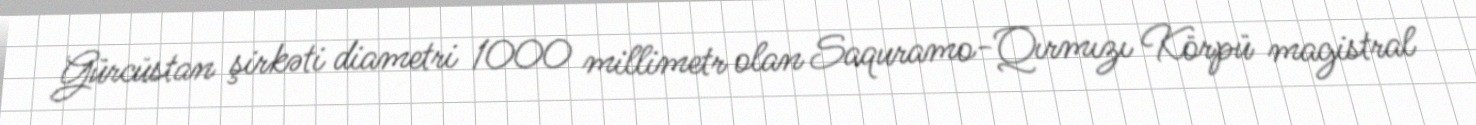
Gürcüstan şirkəti diametri 1000 millimetr olan Saquramo-Qırmızı Körpü magistral